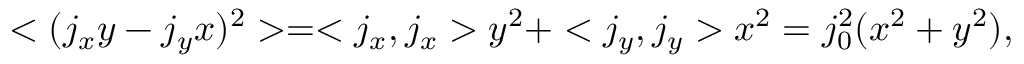
< ( j _ { x } y - j _ { y } x ) ^ { 2 } > = < j _ { x } , j _ { x } > y ^ { 2 } + < j _ { y } , j _ { y } > x ^ { 2 } = j _ { 0 } ^ { 2 } ( x ^ { 2 } + y ^ { 2 } ) ,